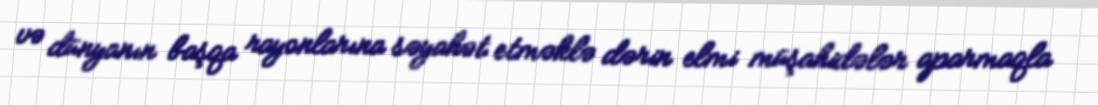
və dünyanın başqa rayonlarına səyahət etməklə dərin elmi müşahidələr aparmaqla